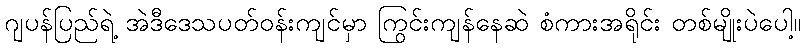
ဂျပန်ပြည်ရဲ့ အဲဒီဒေသပတ်ဝန်းကျင်မှာ ကြွင်းကျန်နေဆဲ စံကားအရိုင်း တစ်မျိုးပဲပေါ့။